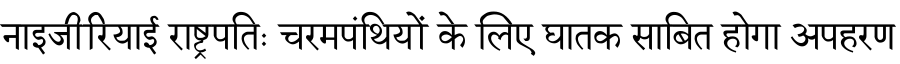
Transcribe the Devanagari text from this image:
नाइजीरियाई राष्ट्रपतिः चरमपंथियों के लिए घातक साबित होगा अपहरण